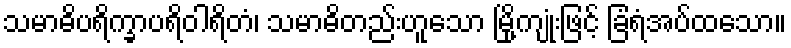
သမာဓိပရိက္ခာပရိဝါရိတံ၊ သမာဓိတည်းဟူသော မြို့ကျုံးဖြင့် ခြံရံအပ်ထသော။